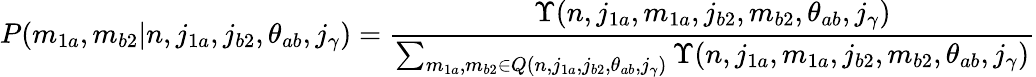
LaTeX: P(m_{1a},m_{b2}|n,j_{1a},j_{b2},\theta_{ab},j_{\gamma})=\frac{\Upsilon(n,j_{1a},m_{1a},j_{b2},m_{b2},\theta_{ab},j_{\gamma})}{\sum_{m_{1a},m_{b2}\in Q(n,j_{1a},j_{b2},\theta_{ab},j_{\gamma})}\Upsilon(n,j_{1a},m_{1a},j_{b2},m_{b2},\theta_{ab},j_{\gamma})}